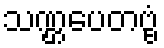
သဏ္ဌပေတဗ္ဗံ